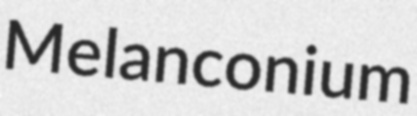
Melanconium